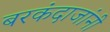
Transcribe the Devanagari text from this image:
बरकंदाजांनी